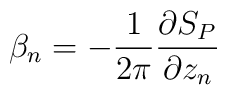
\beta_n = -\frac{1}{2\pi}\frac{\partial S_P}{\partial z_n}